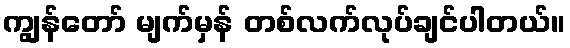
ကျွန်တော် မျက်မှန် တစ်လက်လုပ်ချင်ပါတယ်။